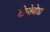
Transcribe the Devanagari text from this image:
टोम्तेबोडा